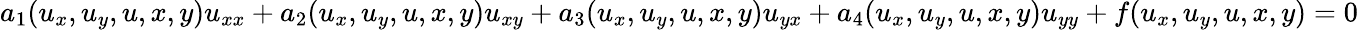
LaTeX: a_{1}(u_{x},u_{y},u,x,y)u_{xx}+a_{2}(u_{x},u_{y},u,x,y)u_{xy}+a_{3}(u_{x},u_{y},u,x,y)u_{yx}+a_{4}(u_{x},u_{y},u,x,y)u_{yy}+f(u_{x},u_{y},u,x,y)=0